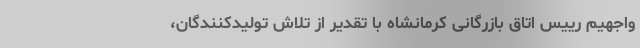
واجهیم رییس اتاق بازرگانی کرمانشاه با تقدیر از تلاش تولیدکنندگان،